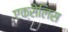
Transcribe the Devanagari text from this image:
एक्सेलिस